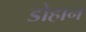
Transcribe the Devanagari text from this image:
डोहान